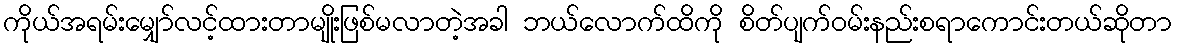
ကိုယ်အရမ်းမျှော်လင့်ထားတာမျိုးဖြစ်မလာတဲ့အခါ ဘယ်လောက်ထိကို စိတ်ပျက်ဝမ်းနည်းစရာကောင်းတယ်ဆိုတာ